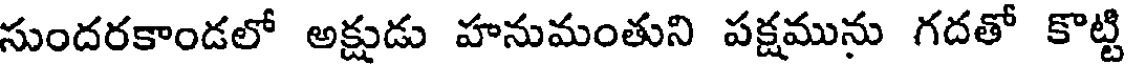
సుందరకాండలో అక్షుడు హనుమంతుని పక్షమును గదతో కొట్టి